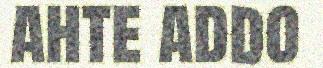
ahte addo